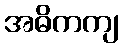
အဓိကကျ